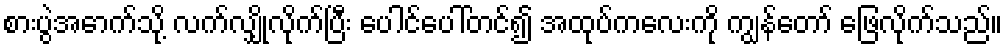
စားပွဲအောက်သို့ လက်လျှိုလိုက်ပြီး ပေါင်ပေါ်တင်၍ အထုပ်ကလေးကို ကျွန်တော် ဖြေလိုက်သည်။